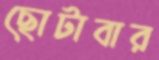
ছোটাবার